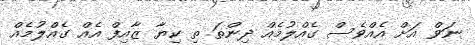
ނަވް އަށް އެއްވެސް ގެއްލުމެއް ދިންތަ ތި ކިޔާ ޒާއިފް އެއް ގެއްލުމެއް